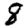
Digit: 8